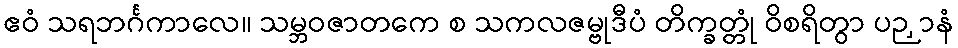
ဧဝံ သရဘင်္ဂကာလေ။ သမ္ဘဝဇာတကေ စ သကလဇမ္ဗုဒီပံ တိက္ခတ္တုံ ဝိစရိတွာ ပဉှာနံ